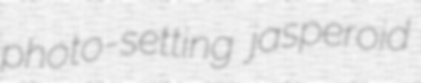
photo-setting jasperoid